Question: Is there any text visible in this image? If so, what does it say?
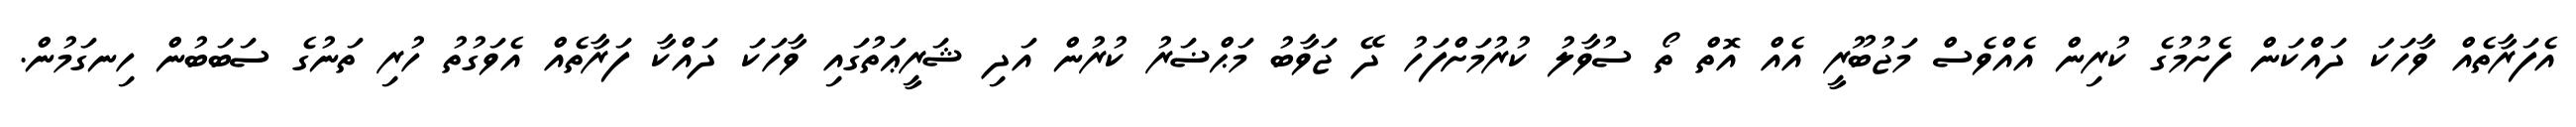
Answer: އެފަރާތެއް ވާހަކަ ދައްކަން ފެށުމުގެ ކުރިން އެއްވެސް މަޖުބޫރީ އެއް އޮތް ތޯ ސުވާލު ކުރުމަށްފަހު ދޭ ޖަވާބު މަޙްޟަރު ކުރުން އަދި ޝަރީޢަތުގައި ވާހަކަ ދައްކާ ފަރާތެއް އެވަގުތު ހުރި ތަނުގެ ސަބަބުން ހިނގަމުން.